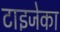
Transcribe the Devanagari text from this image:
टाइजेका